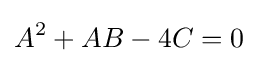
A^{2}+AB-4C=0